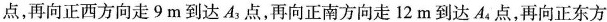
点，再向正西方向走9m到达A_{3}点，再向正南方向走12m到达A_{4}点，再向正东方